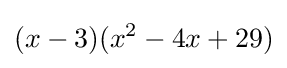
(x-3)(x^{2}-4x+29)